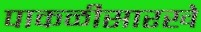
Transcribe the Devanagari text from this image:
पाकळीसारखे